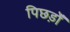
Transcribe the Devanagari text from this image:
पिछड़ोँ